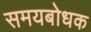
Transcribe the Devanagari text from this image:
समयबोधक